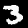
Digit: 3